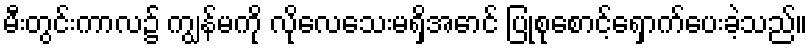
မီးတွင်းကာလ၌ ကျွန်မကို လိုလေသေးမရှိအောင် ပြုစုစောင့်ရှောက်ပေးခဲ့သည်။